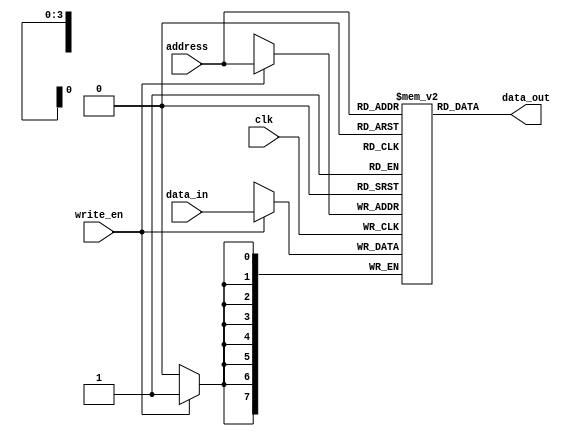
module  ram_sp_async_read(
    input clk,
    input [7:0] data_in,
    input [3:0] address,
    input write_en,
    output [7:0] data_out
);

    reg [7:0] ram [0:15]; // bidirectional declaration
    // RAM don't have reset
    // the default value form each location is X
    // the write is synchronous

    always @(posedge clk) begin
        if(write_en) begin
            ram[address] <= data_in;
        end
    end

    assign data_out = ram[address];

endmodule